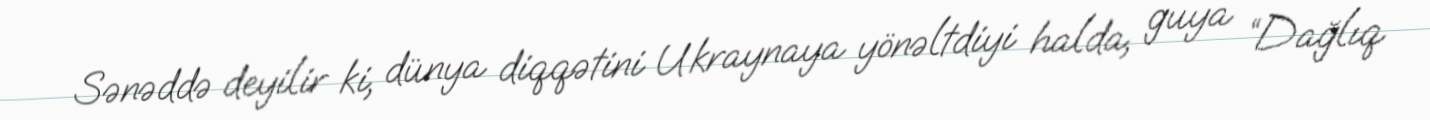
Sənəddə deyilir ki, dünya diqqətini Ukraynaya yönəltdiyi halda, guya “Dağlıq